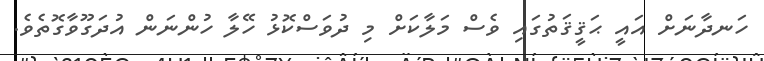
ހަނދާނަށް އައީ ޙަޤީޤަތުގައި ވެސް މަލާކަށް މި ދުވަސްކޮޅު ހޭލާ ހުންނަން އުދަގޫވާގޮތެވެ.